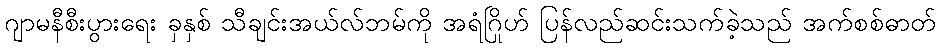
ဂျာမနီစီးပွားရေး ခှနှစ် သီချင်းအယ်လ်ဘမ်ကို အရံဂြိုဟ် ပြန်လည်ဆင်းသက်ခဲ့သည် အက်စစ်ဓာတ်